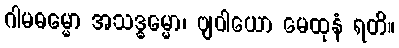
ဂါမဓမ္မော အသဒ္ဓမ္မော၊ ဗျဝါယော မေထုနံ ရတိ။